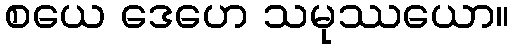
စယေ ဒေဟေ သမုဿယော။